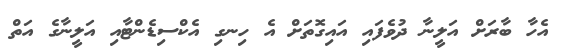
އެހާ ބާރަށް އަލީނާ ދުވެފައި އައިގޮތަށް އެ ހިނގި އެކްސިޑެންޓާއި އަލީނާގެ އަތް